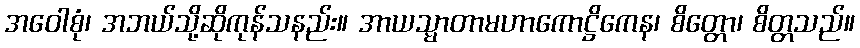
အဝေါစုံ၊ အဘယ်သို့ဆိုကုန်သနည်း။ အာယသ္မာတာမဟာကောဋ္ဌိကေန၊ စိတ္တော၊ စိတ္တသည်။